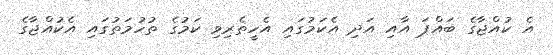
އެ ކުއްޖާގެ ބައްޕަ އާއި އަދި އެކަމުގައި އެހީތެރިވި ކަމުގެ ތުހުމަތުގައި އެކުއްޖާގެ